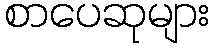
စာပေဆုများ